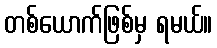
တစ်ယောက်ဖြစ်မှ ရမယ်။